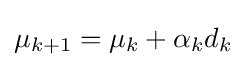
\mu _{k+1}=\mu _{k}+\alpha _{k}d_{k}